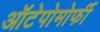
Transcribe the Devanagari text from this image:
ऑटेपोमोर्फी